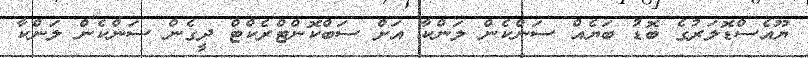
ޔޫއެސްޑޮލަރުގެ ބޮޑު ބަޔެއް ސަންކެން ލަންކާ އަށް ސަބްކޮންޓްރެކްޓް ދީގެން ސަންކެން ލަންކާ